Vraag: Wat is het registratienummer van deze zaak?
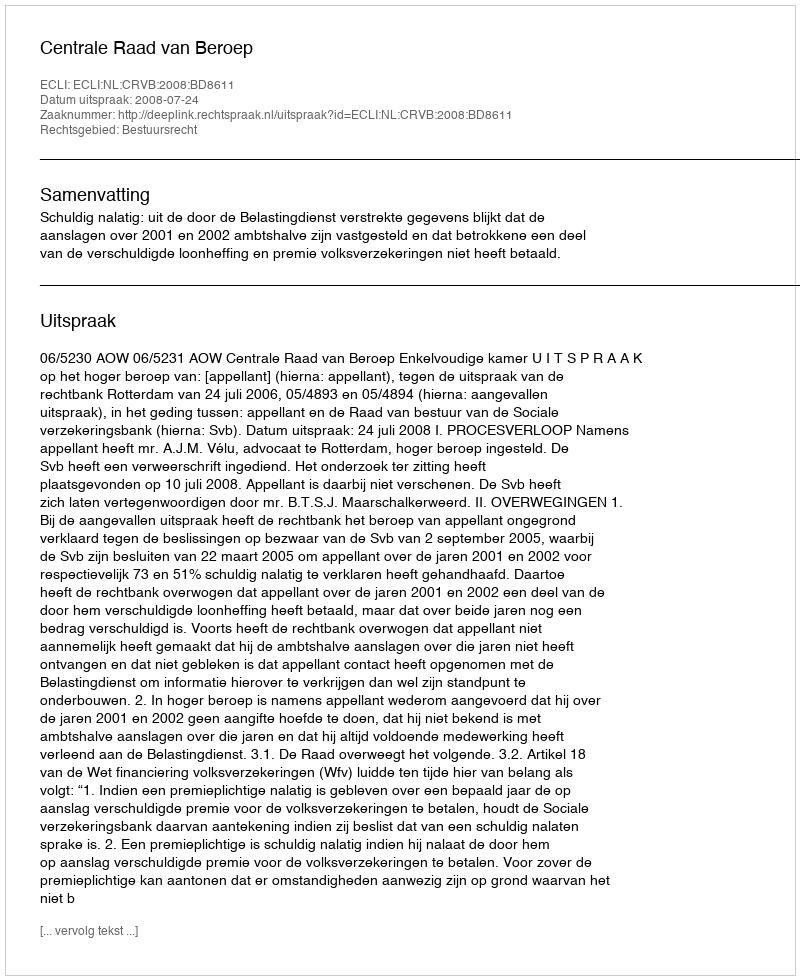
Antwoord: http://deeplink.rechtspraak.nl/uitspraak?id=ECLI:NL:CRVB:2008:BD8611